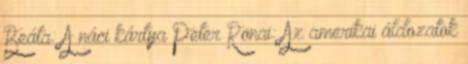
Beáta: A náci kártya Peter Ronai: Az amerikai áldozatok